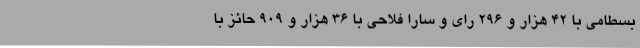
بسطامی با 42 هزار و 296 رای و سارا فلاحی با 36 هزار و 909 حائز با